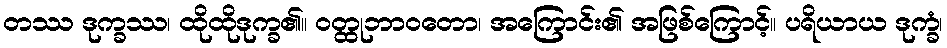
တဿ ဒုက္ခဿ၊ ထိုထိုဒုက္ခ၏။ ဝတ္ထုဘာဝတော၊ အကြောင်း၏ အဖြစ်ကြောင့်။ ပရိယာယ ဒုက္ခံ၊